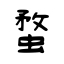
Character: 蝥